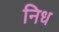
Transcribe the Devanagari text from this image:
निध